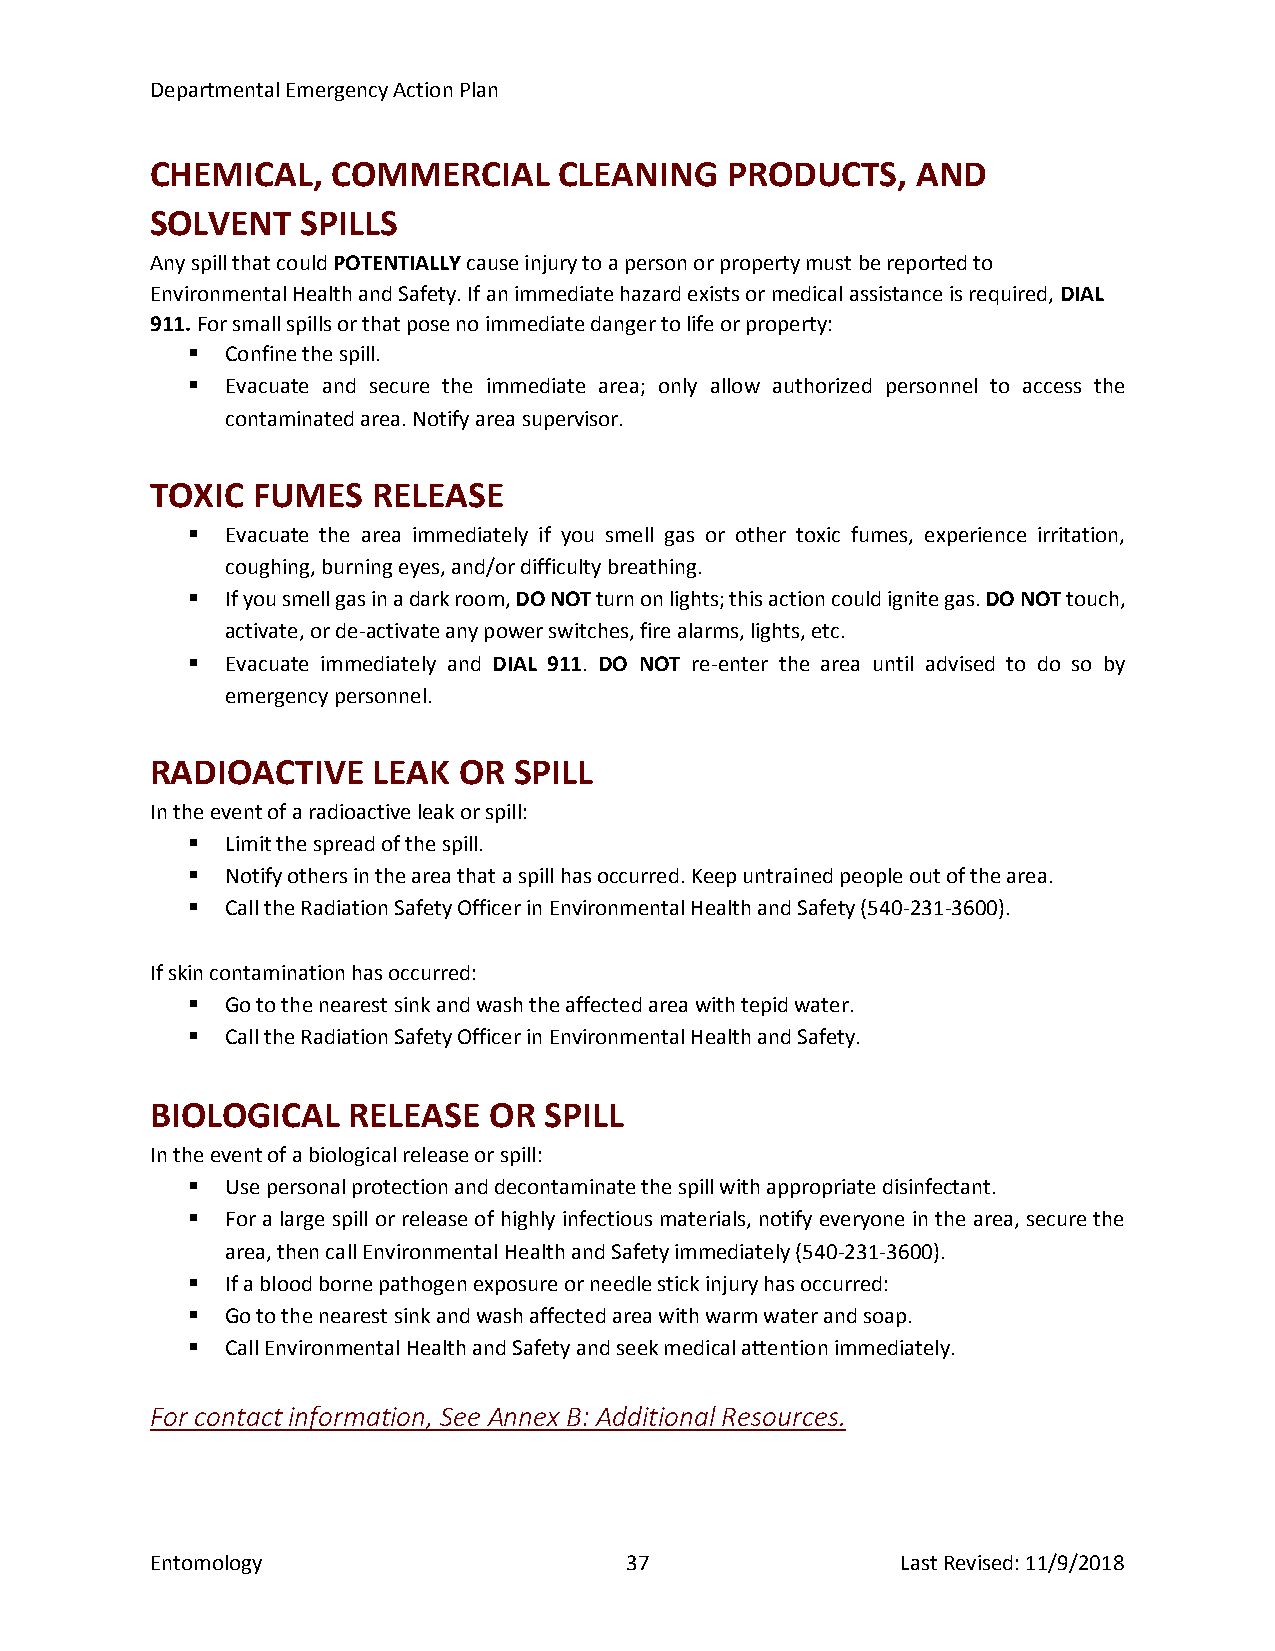
Departmental Emergency Action Plan
 CHEMICAL,   COMMERCIAL     CLEANING   PRODUCTS,    AND
 SOLVENT   SPILLS
 Any spill that could POTENTIALLY cause injury to a person or property must be reported to
 Environmental Health and Safety. If an immediate hazard exists or medical assistance is required, DIAL
 911. For small spills or that pose no immediate danger to life or property:
   Confine the spill.
   Evacuate and secure the immediate area; only allow authorized personnel to access the
 contaminated area. Notify area supervisor.
 TOXIC  FUMES   RELEASE
   Evacuate the area immediately if you smell gas or other toxic fumes, experience irritation,
 coughing, burning eyes, and/or difficulty breathing.
   If you smell gas in a dark room, DO NOT turn on lights; this action could ignite gas. DO NOT touch,
 activate, or de-activate any power switches, fire alarms, lights, etc.
   Evacuate immediately and DIAL 911. DO NOT re-enter the area until advised to do so by
 emergency personnel.
 RADIOACTIVE    LEAK OR  SPILL
 In the event of a radioactive leak or spill:
   Limit the spread of the spill.
   Notify others in the area that a spill has occurred. Keep untrained people out of the area.
   Call the Radiation Safety Officer in Environmental Health and Safety (540-231-3600).
 If skin contamination has occurred:
   Go to the nearest sink and wash the affected area with tepid water.
   Call the Radiation Safety Officer in Environmental Health and Safety.
 BIOLOGICAL   RELEASE  OR  SPILL
 In the event of a biological release or spill:
   Use personal protection and decontaminate the spill with appropriate disinfectant.
   For a large spill or release of highly infectious materials, notify everyone in the area, secure the
 area, then call Environmental Health and Safety immediately (540-231-3600).
   If a blood borne pathogen exposure or needle stick injury has occurred:
   Go to the nearest sink and wash affected area with warm water and soap.
   Call Environmental Health and Safety and seek medical attention immediately.
 For contact information, See Annex B: Additional Resources.
 Entomology                     37                 Last Revised: 11/9/2018